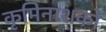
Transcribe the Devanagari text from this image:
कृमिनाशकों